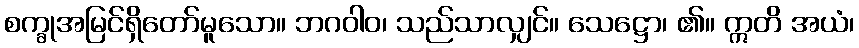
စက္ခုအမြင်ရှိတော်မူသော။ ဘဂဝါဝ၊ သည်သာလျှင်။ သေဋ္ဌော၊ ၏။ ဣတိ အယံ၊